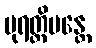
ပုရတ္ထိမန္တေ